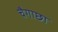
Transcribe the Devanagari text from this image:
चैगाछा